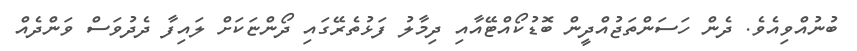
ބުނުއްވިއެވެ. ދެން ހަސަންތަޖުއްދީން ބޮޑުކޯއްޓޭއާއި ދިމާލު ފަޅުތެރޭގައި ދޯންޏަކަށް ލައިފާ ދެދުވަސް ވަންދެއް